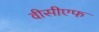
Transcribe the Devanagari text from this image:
वीसीएफ